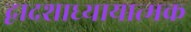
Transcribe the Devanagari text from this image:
द्वादशाध्यायात्मक